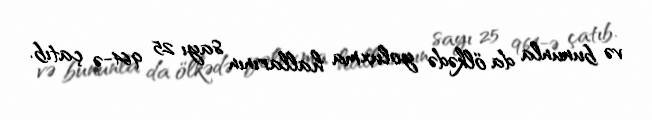
və bununla da ölkədə yoluxma hallarının sayı 25 964-ə çatıb.